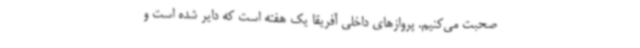
صحبت می‌کنیم. پروازهای داخلی آفریقا یک هفته است که دایر شده است و